Report of the Hyderabad Chloroform Commission
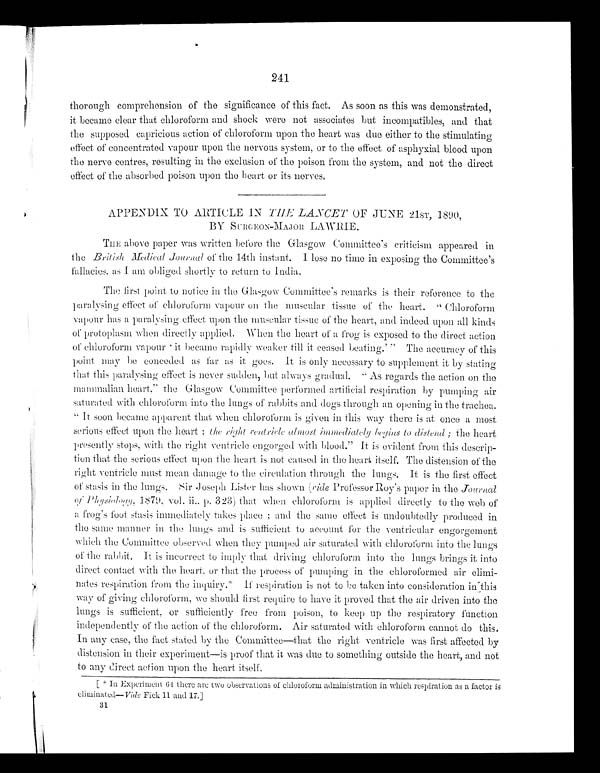
241
thorough comprehension of the significance of this fact. As soon as this was demonstrated,
it became clear that chloroform and shock were not associates but incompatibles, and that
the supposed capricious action of chloroform upon the heart was due either to the stimulating
effect of concentrated vapour upon the nervous system, or to the effect of asphyxial blood upon
the nerve centres, resulting in the exclusion of the poison from the system, and not the direct
effect of the absorbed poison upon the heart or its nerves.
APPENDIX TO ARTICLE IN TH E LANCET OF JUNE 21ST, 1890,
BY SURGEON-MAJOR LAWRIE.
THE above paper was written before the Glasgow Committee's criticism appeared in
the British Medical Journal of the 14th instant. I lose no time in exposing the Committee's
fallacies, as I am obliged shortly to retain to India.
The first point to notice in the Glasgow Committee's remarks is their reference to the
paralysing effect of chloroform vapour on the muscular tissue of the heart. "Chloroform
vapour has a paralysing effect upon the muscular tissue of the heart, and indeed upon all kinds
of protoplasm when directly applied. When the heart of a frog is exposed to the direct action
of chl or of or m vapour ' i t became r api dl y weaker t i l l i t ceased beat i ng. ' " The accur acy of t hi s
point may be conceded as far as it goes. It is only necessary to supplement it by stating
that this paralysing effect is never sudden, but always gradual. "As regards the action on the
mammalian heart." the Glasgow Committee performed artificial respiration by pumping air
saturated with chloroform into the lungs of rabbits and dogs through an opening in the trachea.
"It soon became apparent that when chloroform is given in this way there is at once a most
serious effect upon the heart; the right ventricle almost immediately begins to distend; the heart
presently stops, with the right ventricle engorged with blood." It is evident from this descrip-
tion that the serious effect upon the heart is not caused in the heart itself. The distension of the
right ventricle must mean damage to the circulation through the lungs. It is the first effect
of stasis in the lungs. Sir Joseph Lister has shown (ride Professor Roy's paper in the Journal
of physiology , 1 8 7 9 , v o l . i i . , p . 3 2 3 ) t h a t wh e n c h l o r o f o r m i s a p p l i e d d i r e c t l y t o t h e we b o f
a frog's foot stasis immediately takes place; and the same effect is u n d o u b t e d l y p r o d u c e d i n
the same manner in the lungs and is sufficient to account for the ventricular engorgement
which the Committee observed when they pumped air saturated with chloroform into the lungs
of the rabbit. It is incorrect to imply that driving chloroform into the lungs brings it into
direct contact with the heart, or that the process of pumping in the chloroformed air elimi--
nates respiration from the inquiry.* If respiration is not to be taken into consideration in this
way of giving chloroform, we should first require to have it proved that the air driven into the
lungs is sufficient, or sufficiently free from poison, to keep up the respiratory function
independently of the action of the chloroform. Air saturated with chloroform cannot do this.
In any case, the fact stated by the Committee—that the right ventricle was first affected by
distension in their experiment—is proof that it was due to something outside the heart, and not
to any direct action upon the heart itself.
* In Experiment 64 there are two observations of chloroform administration in which respiration as a factor is
e l i m i n a t e d — V i d e F i c k 1 1 a n d 1 7 . ]
31